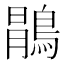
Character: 𱈯